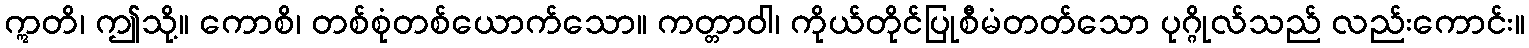
ဣတိ၊ ဤသို့။ ကောစိ၊ တစ်စုံတစ်ယောက်သော။ ကတ္တာဝါ၊ ကိုယ်တိုင်ပြုစီမံတတ်သော ပုဂ္ဂိုလ်သည် လည်းကောင်း။